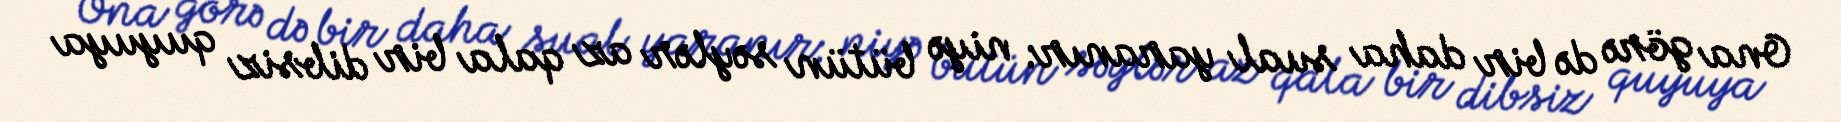
Ona görə də bir daha sual yaranır: niyə bütün səylər az qala bir dibsiz quyuya